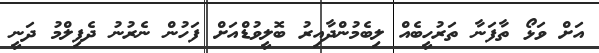
އަށް ވަޅޯ ތާފަނާ ތަރުހީބެއް ލިބެމުންދާއިރު ބޮލީވުޑްއަށް ފަހުން ނެރުނު ދެފިލްމު ދަނީ